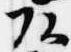
頭